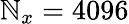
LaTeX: \mathbb{N}_{x}=4096